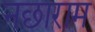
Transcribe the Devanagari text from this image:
नछाराम